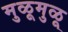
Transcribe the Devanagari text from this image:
मुळूमुळू